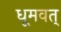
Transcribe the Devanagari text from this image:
धूमवत्